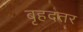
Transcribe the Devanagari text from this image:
बृहदतर